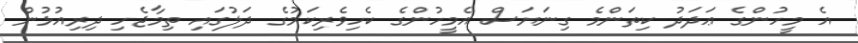
އެ މީހުންގެ ޢަދަދު ކިތަންމެ ގިނަޔަސް އެމީހުންގެ ކެހިވެރިކަމުގެ ދަލުގައި ތިމާޖެހި ދިރިއުޅުން